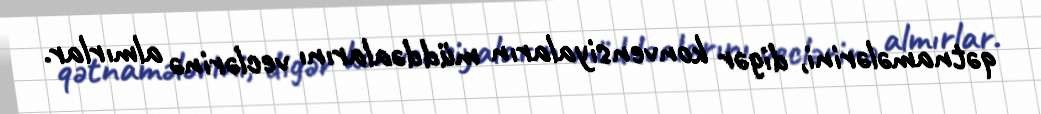
qətnamələrini, digər konvensiyaların müddəalarını veclərinə almırlar.